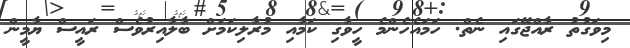
މިވަގުތު ރާއްޖޭގައި ނެތް. ހަމައެހެންމެ ހީވާގި ކަމާއި މުރާލިކަމަށް ބާލާއިރުވެސް ރައީސް ޔާމީން